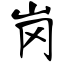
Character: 岗